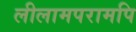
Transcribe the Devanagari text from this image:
लीलामपरामपि